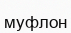
муфлон